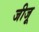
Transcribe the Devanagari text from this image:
जीजू